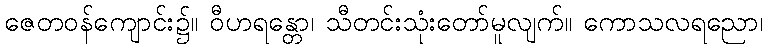
ဇေတဝန်ကျောင်း၌။ ဝီဟရန္တော၊ သီတင်းသုံးတော်မူလျက်။ ကောသလရညော၊